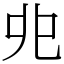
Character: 𠑹